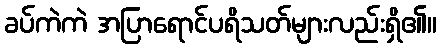
ခပ်ကဲကဲ အပြာရောင်ပရိသတ်များလည်းရှိ၏။